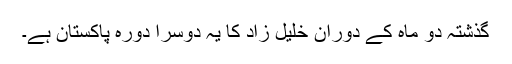
گذشتہ دو ماہ کے دوران خلیل زاد کا یہ دوسرا دورہ پاکستان ہے۔